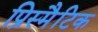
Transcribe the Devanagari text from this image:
प्रिस्मैटिक